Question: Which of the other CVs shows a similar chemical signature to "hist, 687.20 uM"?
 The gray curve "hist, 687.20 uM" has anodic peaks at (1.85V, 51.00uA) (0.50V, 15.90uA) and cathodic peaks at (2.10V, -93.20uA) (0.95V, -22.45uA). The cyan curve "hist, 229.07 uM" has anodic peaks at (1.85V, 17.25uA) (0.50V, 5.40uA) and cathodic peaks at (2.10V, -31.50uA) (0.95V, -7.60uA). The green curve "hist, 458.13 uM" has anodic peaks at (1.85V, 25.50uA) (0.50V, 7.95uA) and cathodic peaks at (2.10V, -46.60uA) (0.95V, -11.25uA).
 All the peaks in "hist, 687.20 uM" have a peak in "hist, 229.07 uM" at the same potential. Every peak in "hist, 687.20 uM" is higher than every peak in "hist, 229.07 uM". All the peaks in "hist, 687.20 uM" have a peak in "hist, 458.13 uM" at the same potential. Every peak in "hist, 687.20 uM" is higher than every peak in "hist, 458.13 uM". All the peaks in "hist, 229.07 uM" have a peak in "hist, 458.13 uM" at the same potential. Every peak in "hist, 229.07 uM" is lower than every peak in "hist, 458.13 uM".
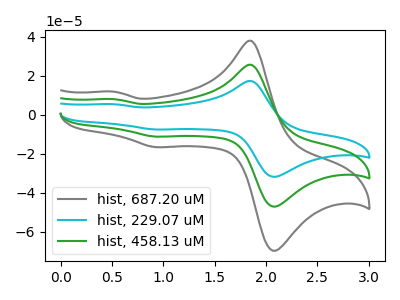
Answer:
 <answer>"hist, 687.20 uM" and "hist, 458.13 uM" have a similar shape to "hist, 229.07 uM".</answer>
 <eval>"hist, 687.20 uM" "hist, 458.13 uM"</eval>